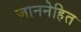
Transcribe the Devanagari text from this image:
जाननेहित